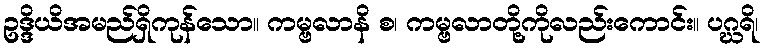
ဥဒ္ဒိယိအမည်ရှိကုန်သော။ ကမ္ဗလာနိ စ၊ ကမ္ဗလာတို့ကိုလည်းကောင်း။ ပဂ္ဃရိ၊